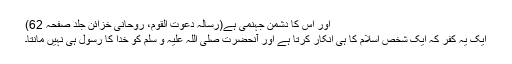
اور اس کا دشمن جہنمی ہے(رسالہ دعوت القوم، روحانی خزائن جلد صفحہ 62)
ایک یہ کفر کہ ایک شخص اسلام کا ہی انکار کرتا ہے اور آنحضرت صلی اللہ علیہ و سلم کو خدا کا رسول ہی نہیں مانتا۔